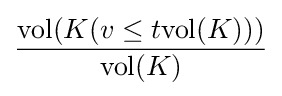
{\frac {\mathrm {vol} (K(v\leq t\mathrm {vol} (K)))}{\mathrm {vol} (K)}}